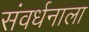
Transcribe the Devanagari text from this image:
संवर्धनाला